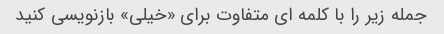
جمله زیر را با کلمه ای متفاوت برای «خیلی» بازنویسی کنید